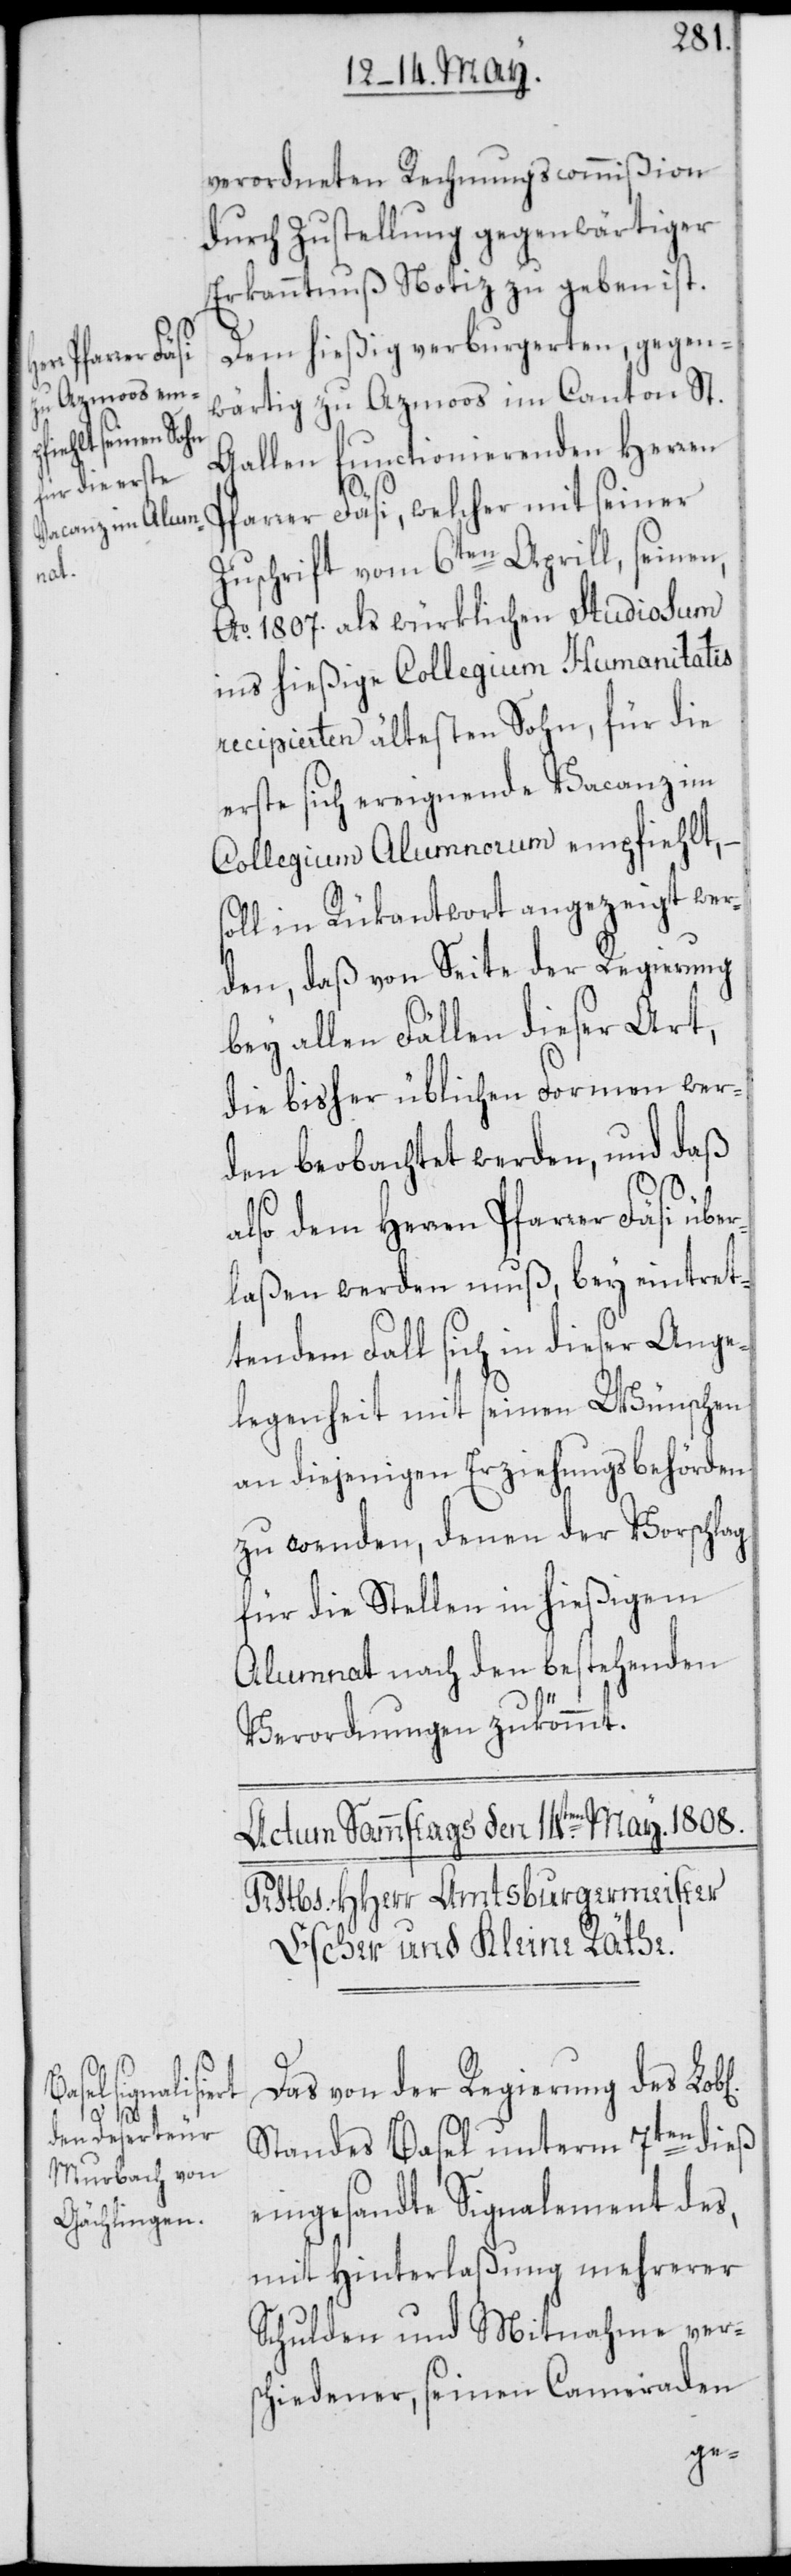
b[lichen]

verordneten Rechnungscommißion
durch Zustellung gegenwärtiger
Erkanntnuß Notiz zu geben ist.
Dem hießig verburgerten, gegen¬
wärtig zu Azmoos im Canton St.
Gallen functionierenden Herren
Pfarrer Fäsi, welcher mit seiner
Zuschrift vom 6ten Aprill, seinen,
Ao. 1807. als würklichen Studiosum
ins hießige Collegium Humanitatis
recipierten ältesten Sohn, für die
erste sich ereignende Vacanz im
Collegium Alumnorum empfiehlt,
soll in Rükantwort angezeigt wer¬
den, daß von Seite der Regierung
bey allen Fällen dieser Art,
die bisher üblichen Formen wer¬
den beobachtet werden, und daß
also dem Herren Pfarrer Fäsi ü¬
laßen werden muß, bey eintret¬
tendem Fall sich in dieser Ange¬
legenheit mit seinen Wünschen
an diejenigen Erziehungsbehörden
zu wenden, denen der Vorschlag
für die Stellen in hießigem
Alumnat nach den bestehenden
Verordnungen zukömmt.
Das von der Regierung des Lo¬
Standes Basel unterm 7ten dieß
eingesandte Signalement des,
mit Hinterlaßung mehrerer
Schulden und Mitnahme ver¬
schiedener, seinen Cameraden
ber¬